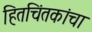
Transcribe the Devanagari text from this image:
हितचिंतकांचा